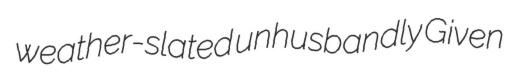
weather-slated unhusbandly Given